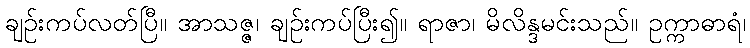
ချဉ်းကပ်လတ်ပြီ။ အာသဇ္ဇ၊ ချဉ်းကပ်ပြီး၍။ ရာဇာ၊ မိလိန္ဒမင်းသည်။ ဥက္ကာဓာရံ၊